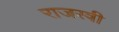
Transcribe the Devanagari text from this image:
राजस्त्री